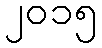
၂၀၁၅